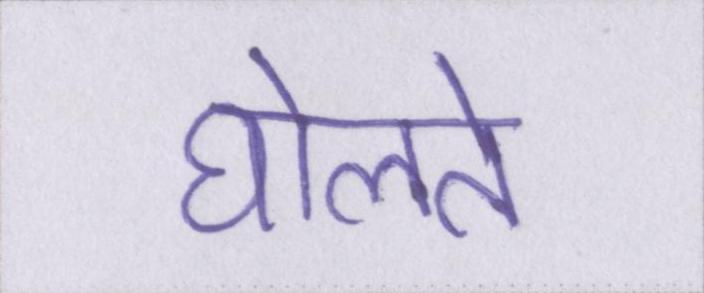
घेालते